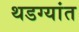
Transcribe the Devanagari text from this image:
थडग्यांत